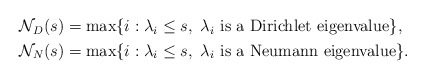
\begin{align*} \begin{aligned} \mathcal{N} _D(s) &= \max\{i: \lambda_i \leq s,\ \lambda_i \mbox{ is a Dirichlet eigenvalue}\},\\\mathcal{N} _N(s) &= \max\{i: \lambda_i \leq s,\ \lambda_i \mbox{ is a Neumann eigenvalue}\}.\end{aligned} \end{align*}